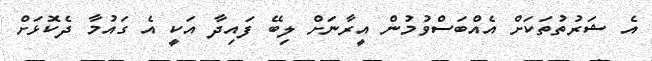
އެ ޝަރުތުތަކަށް އެއްބަސްވުމުން އީރާނަށް ލިބޭ ފައިދާ އަކީ އެ ގައުމާ ދެކޮޅަށް